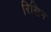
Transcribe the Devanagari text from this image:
रिसिन